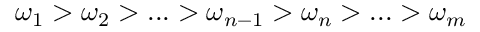
\omega _ { 1 } > \omega _ { 2 } > . . . > \omega _ { n - 1 } > \omega _ { n } > . . . > \omega _ { m }